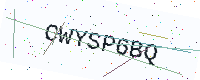
Text: CWYSP6BQ